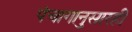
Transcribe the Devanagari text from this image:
पंचागानुसारही